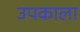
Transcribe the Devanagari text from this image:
उपकाला